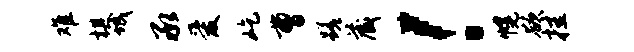
难棋城承爱屹曹蹉藏！幌欲挂